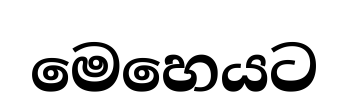
මෙහෙයට